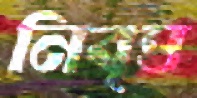
নিবৃত্ত